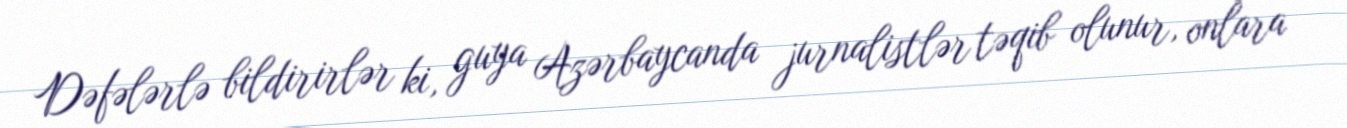
Dəfələrlə bildirirlər ki, guya Azərbaycanda jurnalistlər təqib olunur, onlara